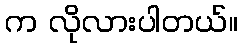
က လိုလားပါတယ်။